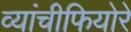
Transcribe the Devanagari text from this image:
व्यांचीफियोरे